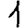
Digit: 1